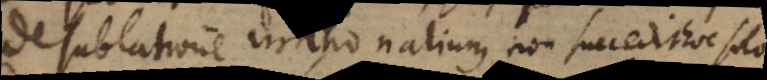
De sublatione irrationalium, non succedit hoc solo.